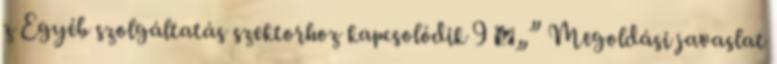
z Egyéb szolgáltatás szektorhoz kapcsolódik 9 ▪„” Megoldási javaslat